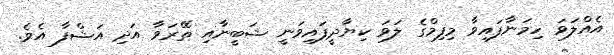
އެއްލަވަ ހިމަނާފައިވާ މިފިމްގެ ލަވަ ކިޔާދީފައިވަނީ ޝަބީނާއި ތޭރަވާ އަދި އަޝްފާ އެވެ.